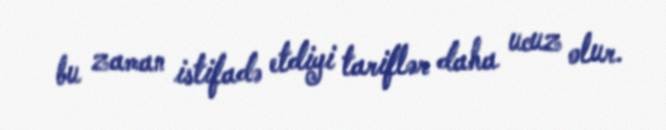
bu zaman istifadə etdiyi tariflər daha ucuz olur.